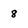
Character: 8